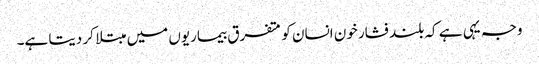
وجہ یہی ہے کہ بلند فشار خون انسان کو متفرق بیماریوں میں مبتلا کر دیتا ہے۔